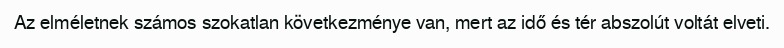
Az elméletnek számos szokatlan következménye van, mert az idő és tér abszolút voltát elveti.